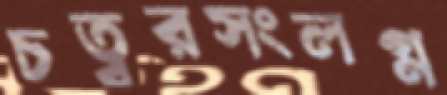
চত্বরসংলগ্ন